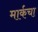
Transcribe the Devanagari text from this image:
मार्कचा